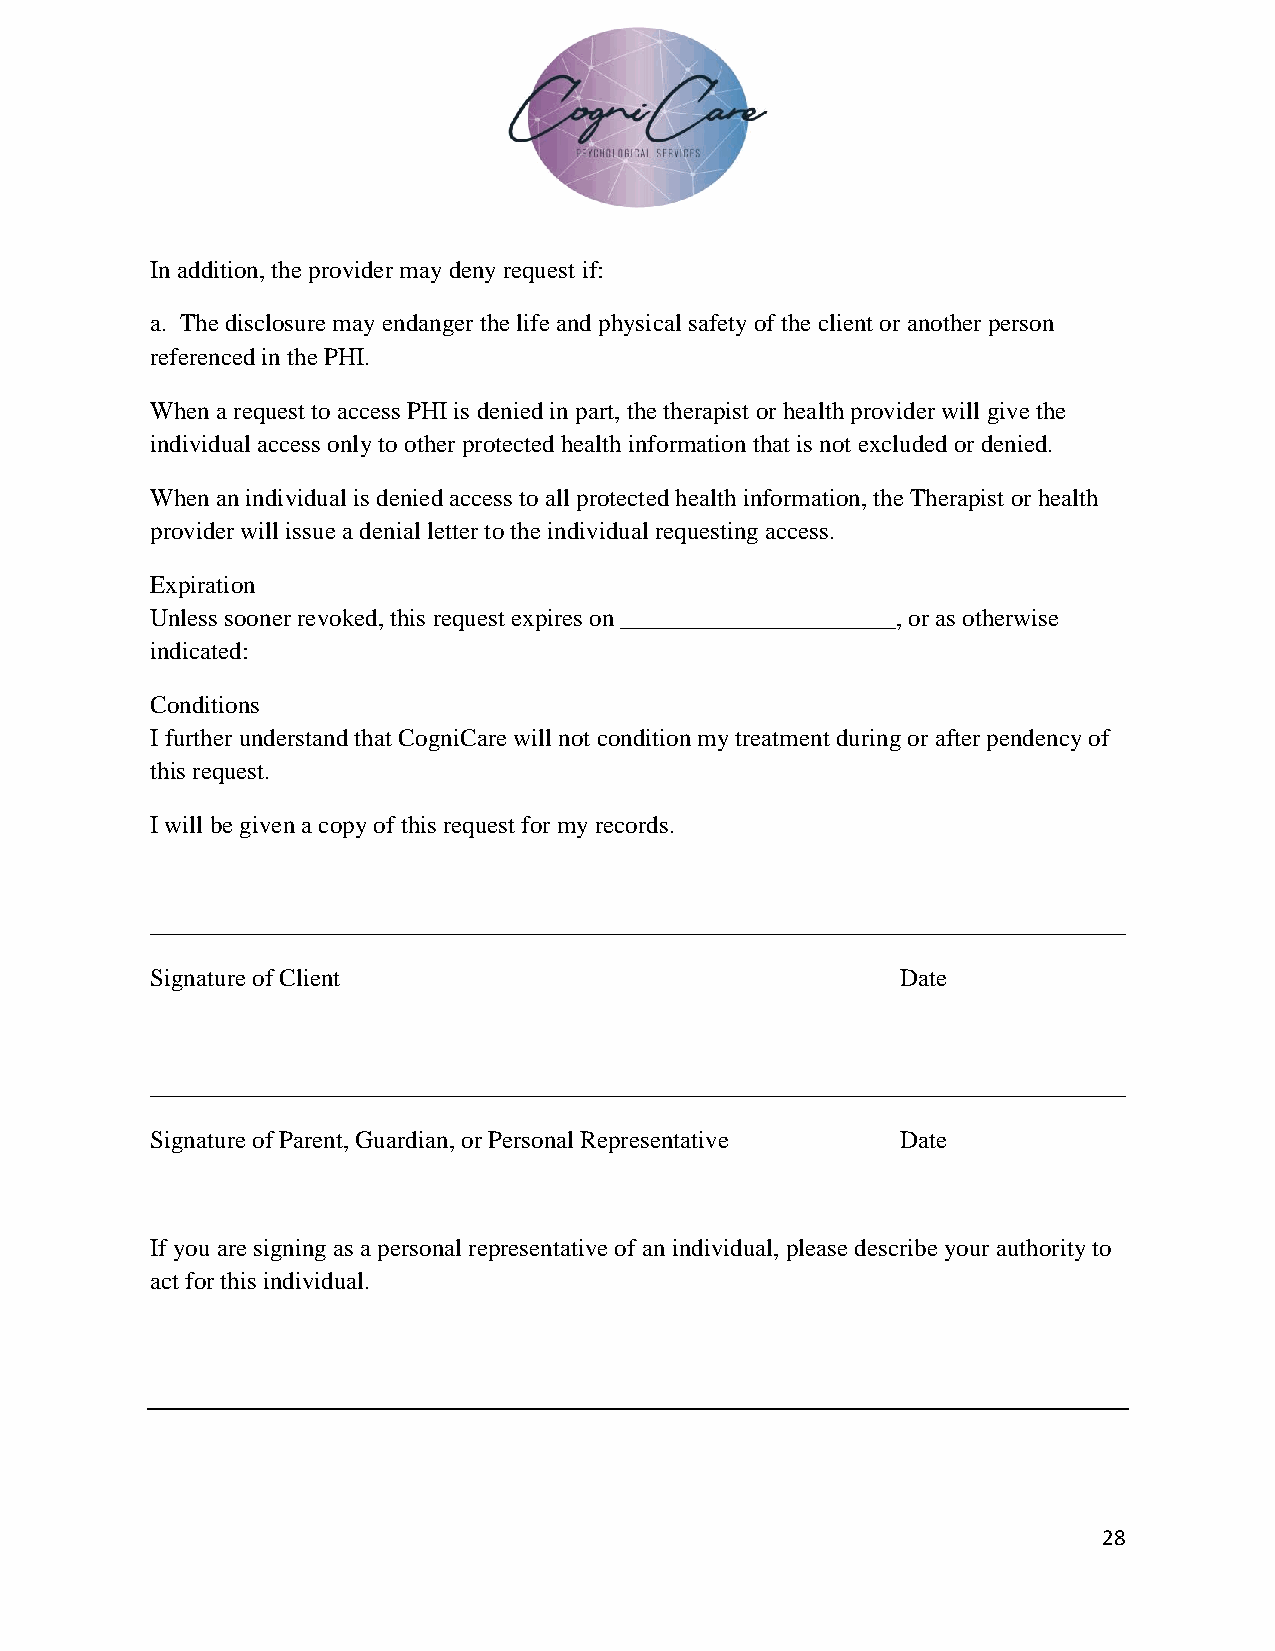
In addition, the provider may deny request if:
 a. The disclosure may endanger the life and physical safety of the client or another person
 referenced in the PHI.
 When a request to access PHI is denied in part, the therapist or health provider will give the
 individual access only to other protected health information that is not excluded or denied.
 When an individual is denied access to all protected health information, the Therapist or health
 provider will issue a denial letter to the individual requesting access.
 Expiration
 Unless sooner revoked, this request expires on ______________________, or as otherwise
 indicated:
 Conditions
 I further understand that CogniCare will not condition my treatment during or after pendency of
 this request.
 I will be given a copy of this request for my records.
 ______________________________________________________________________________
 Signature of Client                               Date
 ______________________________________________________________________________
 Signature of Parent, Guardian, or Personal Representative Date
 If you are signing as a personal representative of an individual, please describe your authority to
 act for this individual.
 28